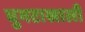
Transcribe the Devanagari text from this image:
घुमटाखाली